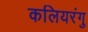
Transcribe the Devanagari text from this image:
कलियरंगु